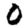
Digit: 0